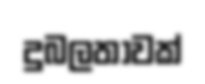
දුබලතාවක්